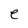
Character: e